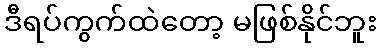
ဒီရပ်ကွက်ထဲတော့ မဖြစ်နိုင်ဘူး